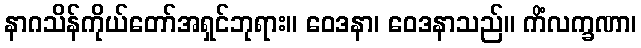
နာဂသိန်ကိုယ်တော်အရှင်ဘုရား။ ဝေဒနာ၊ ဝေဒနာသည်။ ကိံလက္ခဏာ၊